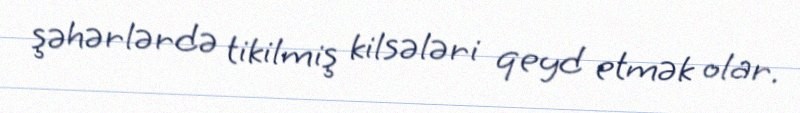
şəhərlərdə tikilmiş kilsələri qeyd etmək olar.